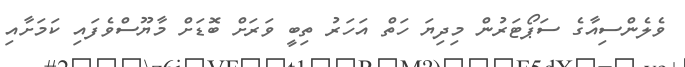
ވެލެންސިއާގެ ސަޕޯޓަރުން މިދިޔަ ހަތް އަހަރު ތިބީ ވަރަށް ބޮޑަށް މާޔޫސްވެފައި ކަމަށާއި